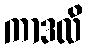
ကာဒလိ